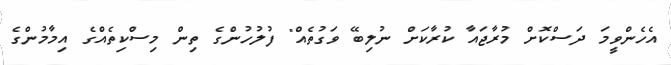
އެހެންވީމަ ދަސްކޮށް މުރާޖައާ ކުރާކަށް ނުލިބޭ ވަގުތެއް" ފުލުހުންގެ ތިން މިސްކިތެއްގެ އިމާމުންގެ